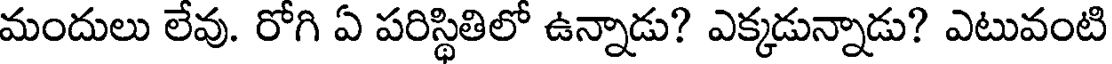
మందులు లేవు. రోగి ఏ పరిస్థితిలో ఉన్నాడు? ఎక్కడున్నాడు? ఎటువంటి